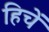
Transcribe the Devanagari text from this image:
हिचें